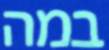
במה